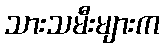
သားသမီးများက